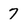
Character: 7